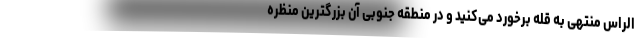
الراس منتهی به قله برخورد می‌کنید و در منطقه جنوبی آن بزرگترین منظره